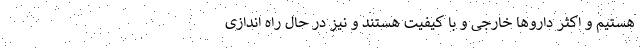
هستیم و اکثر داروها خارجی و با کیفیت هستند و نیز در حال راه اندازی